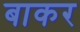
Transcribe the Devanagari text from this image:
बाकर